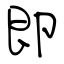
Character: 即